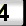
Digit: 3